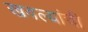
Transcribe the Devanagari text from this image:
खवल्यांची